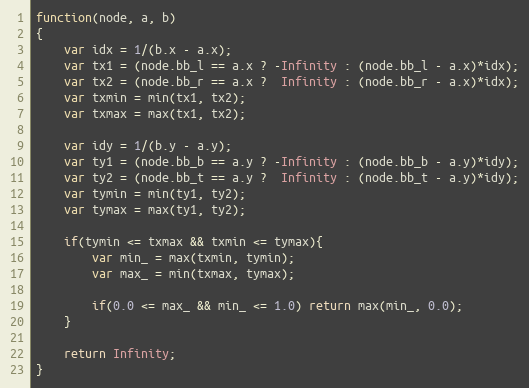
Language: JavaScript
function(node, a, b)
{
    var idx = 1/(b.x - a.x);
    var tx1 = (node.bb_l == a.x ? -Infinity : (node.bb_l - a.x)*idx);
    var tx2 = (node.bb_r == a.x ?  Infinity : (node.bb_r - a.x)*idx);
    var txmin = min(tx1, tx2);
    var txmax = max(tx1, tx2);

    var idy = 1/(b.y - a.y);
    var ty1 = (node.bb_b == a.y ? -Infinity : (node.bb_b - a.y)*idy);
    var ty2 = (node.bb_t == a.y ?  Infinity : (node.bb_t - a.y)*idy);
    var tymin = min(ty1, ty2);
    var tymax = max(ty1, ty2);

    if(tymin <= txmax && txmin <= tymax){
        var min_ = max(txmin, tymin);
        var max_ = min(txmax, tymax);

        if(0.0 <= max_ && min_ <= 1.0) return max(min_, 0.0);
    }

    return Infinity;
}